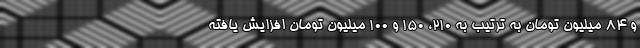
و ۸۴ میلیون تومان به ترتیب به ۲۱۰، ۱۵۰ و ۱۰۰ میلیون تومان افزایش یافته